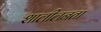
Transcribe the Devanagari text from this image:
शालीलनता